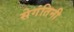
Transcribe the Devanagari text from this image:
सेगंतिनी